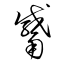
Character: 觱